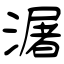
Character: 潳